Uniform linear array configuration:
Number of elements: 24
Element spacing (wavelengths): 1
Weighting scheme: hann
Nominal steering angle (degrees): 0
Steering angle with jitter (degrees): -1.318
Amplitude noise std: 0.05
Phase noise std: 0.05

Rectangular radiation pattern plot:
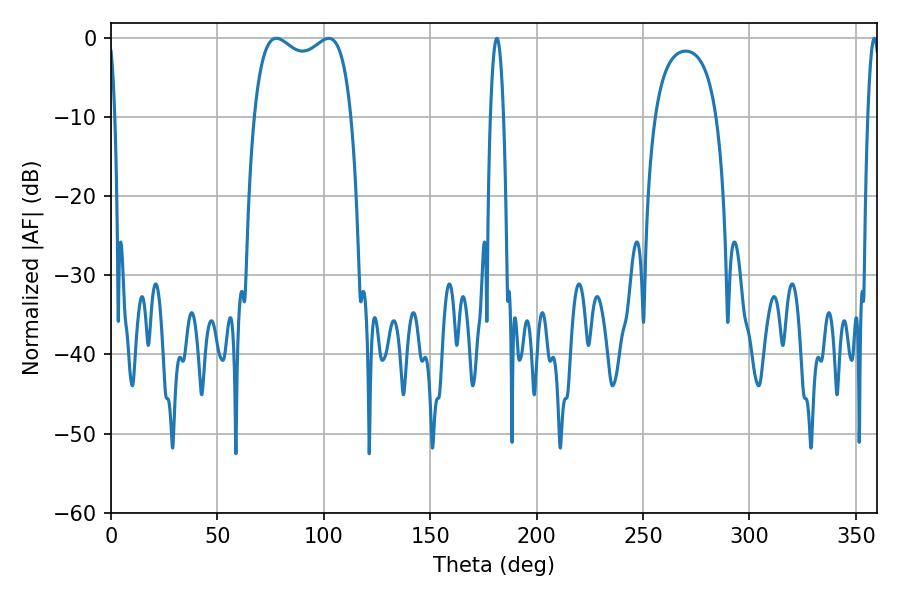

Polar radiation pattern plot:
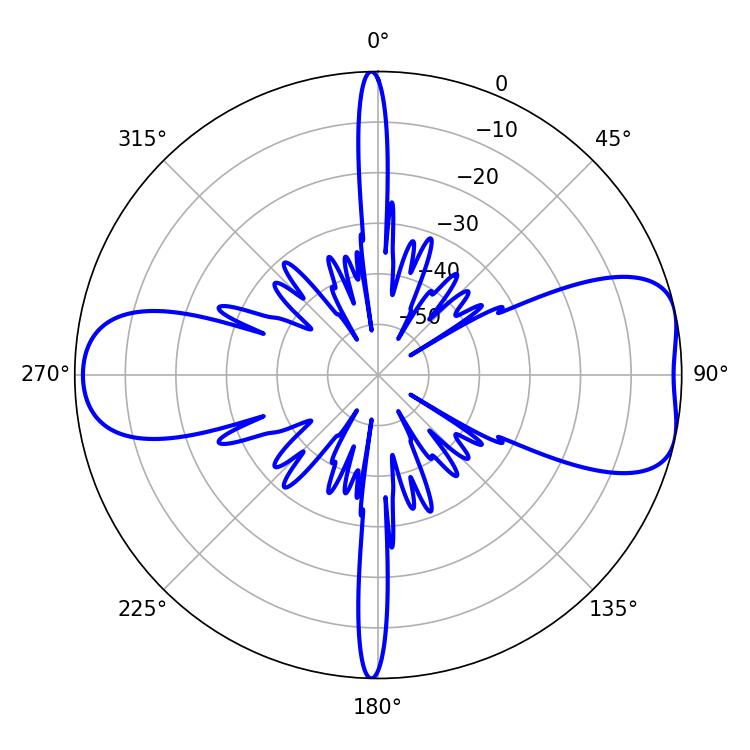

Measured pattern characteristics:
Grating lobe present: TRUE
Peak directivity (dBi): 7.73
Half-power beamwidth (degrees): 37.8
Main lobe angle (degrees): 77.76